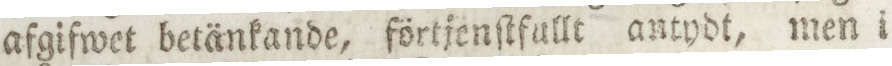
afgifwet betänkande, förtjenſtfullt antydt, men i